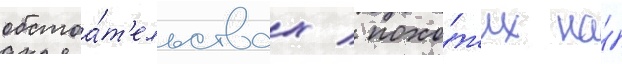
обстоа́т'ельствах / похо́жих на́